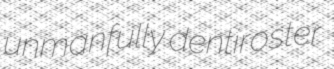
unmanfully dentiroster